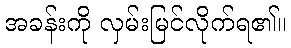
အခန်းကို လှမ်းမြင်လိုက်ရ၏။